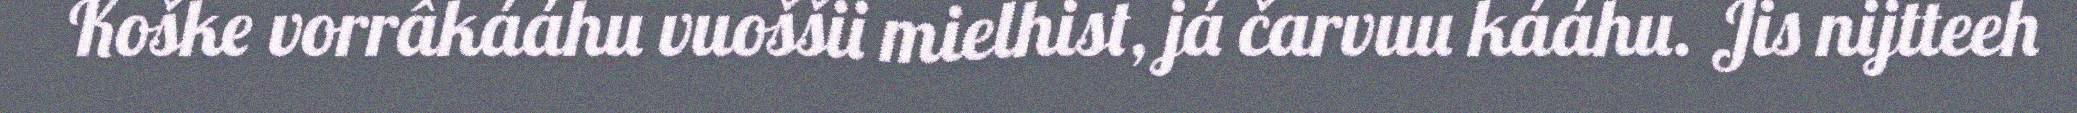
Koške vorrâkááhu vuoššii mielhist, já čarvuu kááhu. Jis nijtteeh